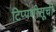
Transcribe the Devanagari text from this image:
टिप्पणीसूची